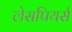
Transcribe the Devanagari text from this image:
लेसपियर्स